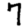
Digit: 7